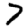
Digit: 7